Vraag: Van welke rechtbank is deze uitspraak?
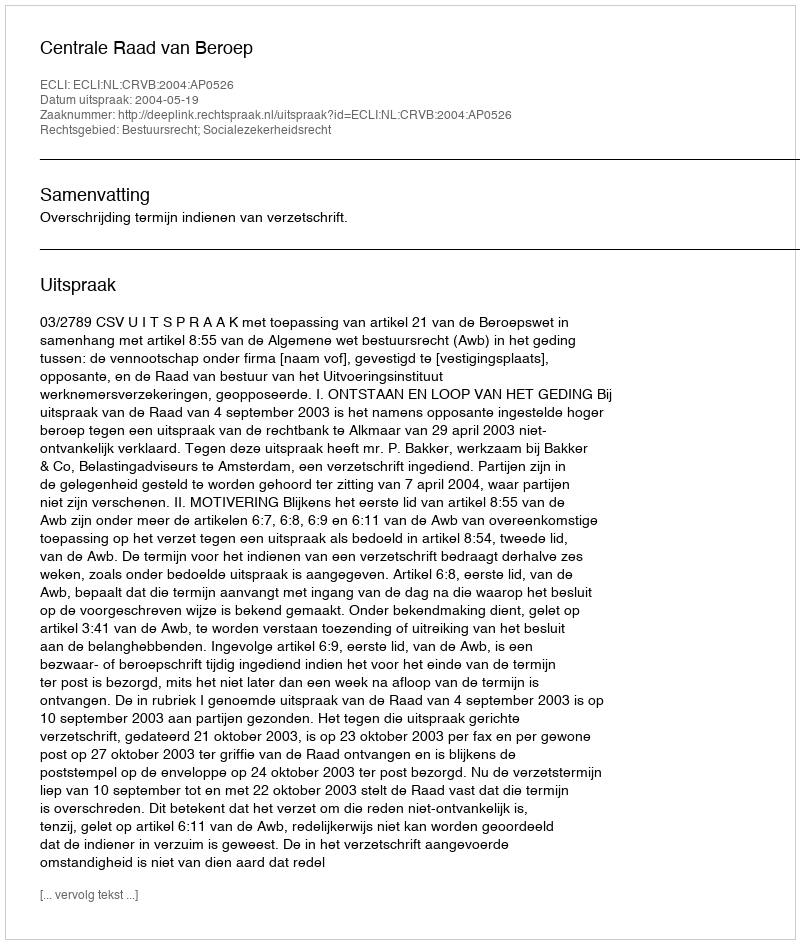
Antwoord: Centrale Raad van Beroep